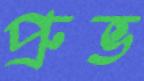
প্রুভ